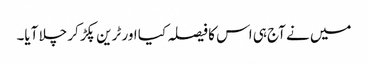
میں نے آج ہی اس کا فیصلہ کیا اور ٹرین پکڑ کر چلا آیا۔